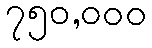
၇၅၀,၀၀၀